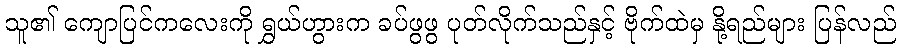
သူ၏ ကျောပြင်ကလေးကို ရွှယ်ဟွားက ခပ်ဖွဖွ ပုတ်လိုက်သည်နှင့် ဗိုက်ထဲမှ နို့ရည်များ ပြန်လည်